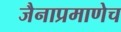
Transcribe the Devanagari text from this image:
जैनाप्रमाणेच